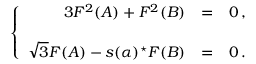
\left\{ \begin{array} { r c l } { { 3 F ^ { 2 } ( A ) + F ^ { 2 } ( B ) } } & { { = } } & { { 0 \, , } } \\ { { } } & { { } } & { { } } \\ { { \sqrt { 3 } F ( A ) - s ( \alpha ) { } ^ { \star } F ( B ) } } & { { = } } & { { 0 \, . } } \end{array} \right.